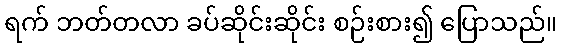
ရက် ဘတ်တလာ ခပ်ဆိုင်းဆိုင်း စဉ်းစား၍ ပြောသည်။